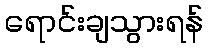
ရောင်းချသွားရန်